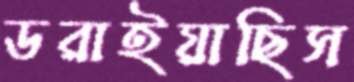
ডরাইয়াছিস